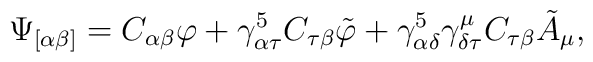
\Psi_{[ \alpha\beta ]}= C_{\alpha\beta}\varphi +\gamma^5_{\alpha\tau}C_{\tau\beta}\tilde \varphi + \gamma^5_{\alpha\delta}\gamma^\mu_{\delta\tau} C_{\tau\beta} \tilde A_\mu ,